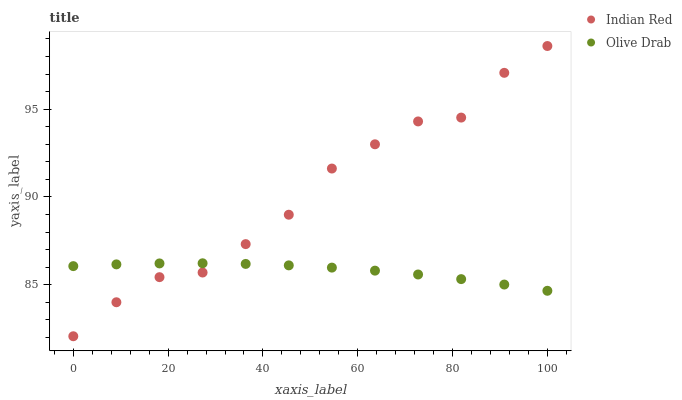
| xaxis_label | Indian Red | Olive Drab |
 | --- | --- | --- |
 | 0 | 82.1 | 86.1 |
 | 9.09 | 84 | 86.2 |
 | 18.2 | 85.4 | 86.2 |
 | 27.3 | 85.7 | 86.2 |
 | 36.4 | 87.3 | 86.2 |
 | 45.5 | 89 | 86.1 |
 | 54.5 | 91.6 | 86 |
 | 63.6 | 93 | 85.8 |
 | 72.7 | 94.3 | 85.6 |
 | 81.8 | 94.5 | 85.3 |
 | 90.9 | 97.1 | 85 |
 | 100 | 98.6 | 84.7 |